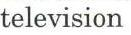
television